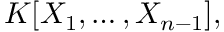
K [ X _ { 1 } , \ldots , X _ { n - 1 } ] ,